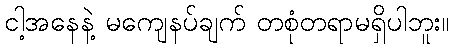
ငါ့အနေနဲ့ မကျေနပ်ချက် တစုံတရာမရှိပါဘူး။